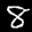
Label: 8